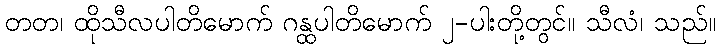
တတ၊ ထိုသီလပါတိမောက် ဂန္ထပါတိမောက် ၂-ပါးတို့တွင်။ သီလံ၊ သည်။